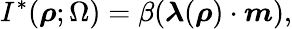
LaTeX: I^{*}(\boldsymbol{\rho};\Omega)=\beta(\boldsymbol{\lambda}(\boldsymbol{\rho})\cdot\boldsymbol{m}),